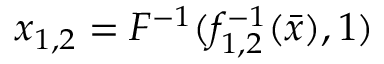
x _ { 1 , 2 } = F ^ { - 1 } ( f _ { 1 , 2 } ^ { - 1 } ( \bar { x } ) , 1 )